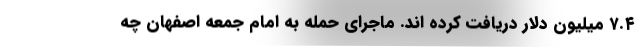
۷.۴ میلیون دلار دریافت کرده اند. ماجرای حمله به امام جمعه اصفهان چه